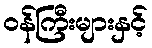
ဝန်ကြီးများနှင့်